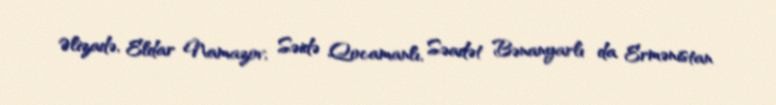
Əlizadə, Eldar Namazov, Səidə Qocamanlı, Səadət Bənanyarlı da Ermənistan